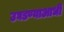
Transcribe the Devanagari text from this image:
उघडण्याआधी